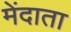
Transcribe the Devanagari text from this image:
मेंदाता